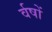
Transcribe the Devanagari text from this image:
र्वषों